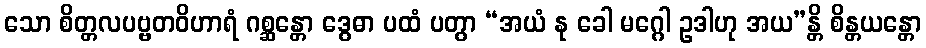
သော စိတ္တလပဗ္ဗတဝိဟာရံ ဂစ္ဆန္တော ဒွေဓာ ပထံ ပတွာ “အယံ နု ခေါ မဂ္ဂေါ ဥဒါဟု အယ”န္တိ စိန္တယန္တော